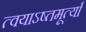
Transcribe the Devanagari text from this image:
त्वयाऽष्तमूर्त्या